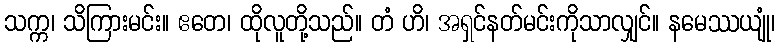
သက္က၊ သိကြားမင်း။ ဧတေ၊ ထိုလူတို့သည်။ တံ ဟိ၊ အရှင်နတ်မင်းကိုသာလျှင်။ နမေဿယျုံ၊